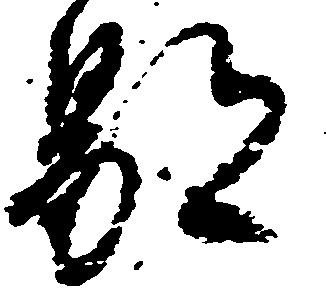
鄙